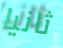
ثانيا